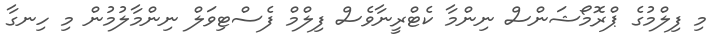
މި ފިލްމުގެ ޕްރޮމޯޝަންސް ނިންމާ ކެޓްރީނާވެސް ފިލްމް ފެސްޓިވަލް ނިންމާލުމުން މި ހިނގާ